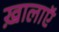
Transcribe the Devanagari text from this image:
ख़ालाएॅ